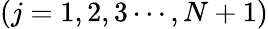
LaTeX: (j=1,2,3\cdots,N+1)